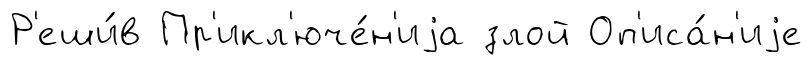
Р'еши́в Пр'икл'юче́н'иjа злой Оп'иса́н'иjе